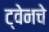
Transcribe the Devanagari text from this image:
ट्वेनचे